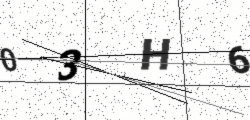
Text: 03H6